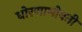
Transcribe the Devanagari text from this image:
धोरणाभोवती